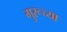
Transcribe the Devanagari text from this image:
गु्रूच्या